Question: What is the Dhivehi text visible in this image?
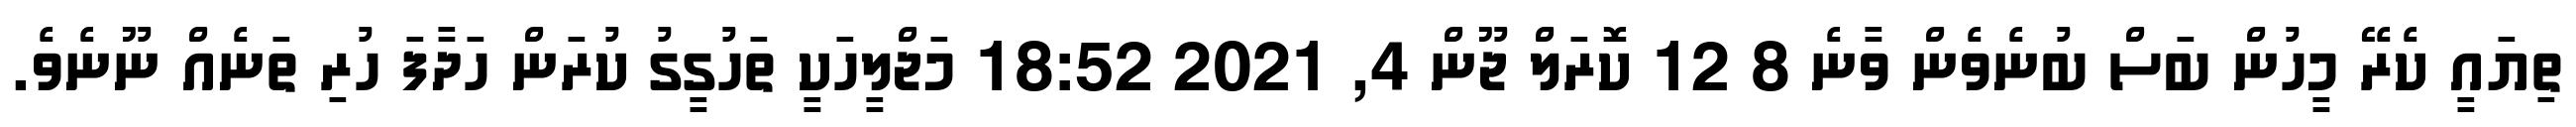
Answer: ތިޔައީ ކެރޭ މީހުން ބަސް ބުނެވެން ވާނެ 8 12 ކޮރަލް ޖޫން 4, 2021 18:52 މަޖްލީހަކީ ތަހުގީގު ކުރަން ހަދާފަ ހުރި ތަނެއް ނޫނެވެ.